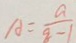
A = \frac { a } { q - 1 }